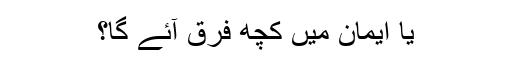
یا ایمان میں کچھ فرق آئے گا؟